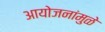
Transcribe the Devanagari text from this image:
आयोजनांमुळे